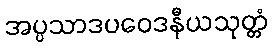
အပ္ပသာဒပဝေဒနီယသုတ္တံ